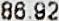
86.92